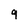
Character: q